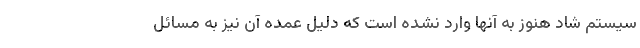
سیستم شاد هنوز به آنها وارد نشده است که دلیل عمده آن نیز به مسائل